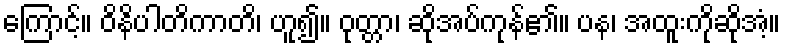
ကြောင့်။ ဝိနိပါတိကာတိ၊ ဟူ၍။ ဝုတ္တာ၊ ဆိုအပ်ကုန်၏။ ပန၊ အထူးကိုဆိုအံ့။